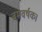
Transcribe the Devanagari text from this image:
बमवर्षक।